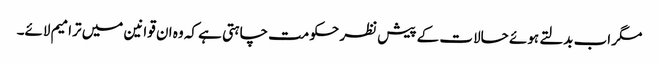
مگر اب بدلتے ہوئے حالات کے پیش نظر حکومت چاہتی ہے کہ وہ ان قوانین میں ترامیم لائے۔